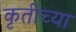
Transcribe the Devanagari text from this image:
कृतीच्या